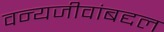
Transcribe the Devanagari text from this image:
वन्यजीवांबद्दल